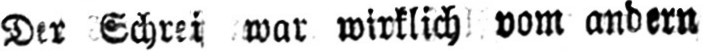
Der Schrei war wirklich vom andern